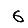
Digit: 6